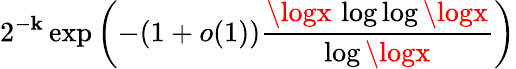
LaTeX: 2^{-\mathbf{k}}\exp\left(-(1+o(1)){\frac{{\logx\, \log\log\logx}}{{\log\logx}}}\right)